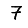
Digit: 7